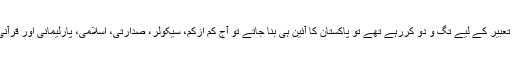
میں حسب عادت گستاخی کرتے ہوئے مزیدکہا کہ" جب آپ علامہ اقبالؒ کے خواب کی تعبیر کے لیے تگ و دو کررہے تھے تو پاکستان کا آئین ہی بنا جاتے تو آج کم ازکم، سیکولر، صدارتی، اسلامی، پارلیمانی اور قرآنی نظام کے فرمودات اپنے موقف کی تائید کے لیے ہر کسی کو پیش تو نہ کرنے پڑتے۔